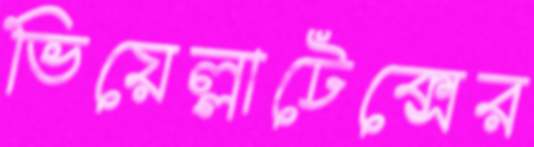
ভিয়েল্লাটেক্সের